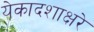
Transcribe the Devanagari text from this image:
येकादशाक्षरे